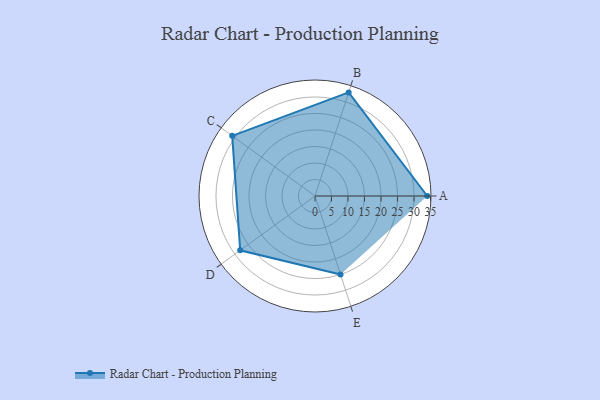
{"axis": {"x": "Skill", "y": "Score"}, "legend": ["Profile"], "data": [{"x": "A", "y": 34.0, "type": "Profile"}, {"x": "B", "y": 33.0, "type": "Profile"}, {"x": "C", "y": 31.0, "type": "Profile"}, {"x": "D", "y": 28.0, "type": "Profile"}, {"x": "E", "y": 25.0, "type": "Profile"}]}